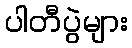
ပါတီပွဲများ